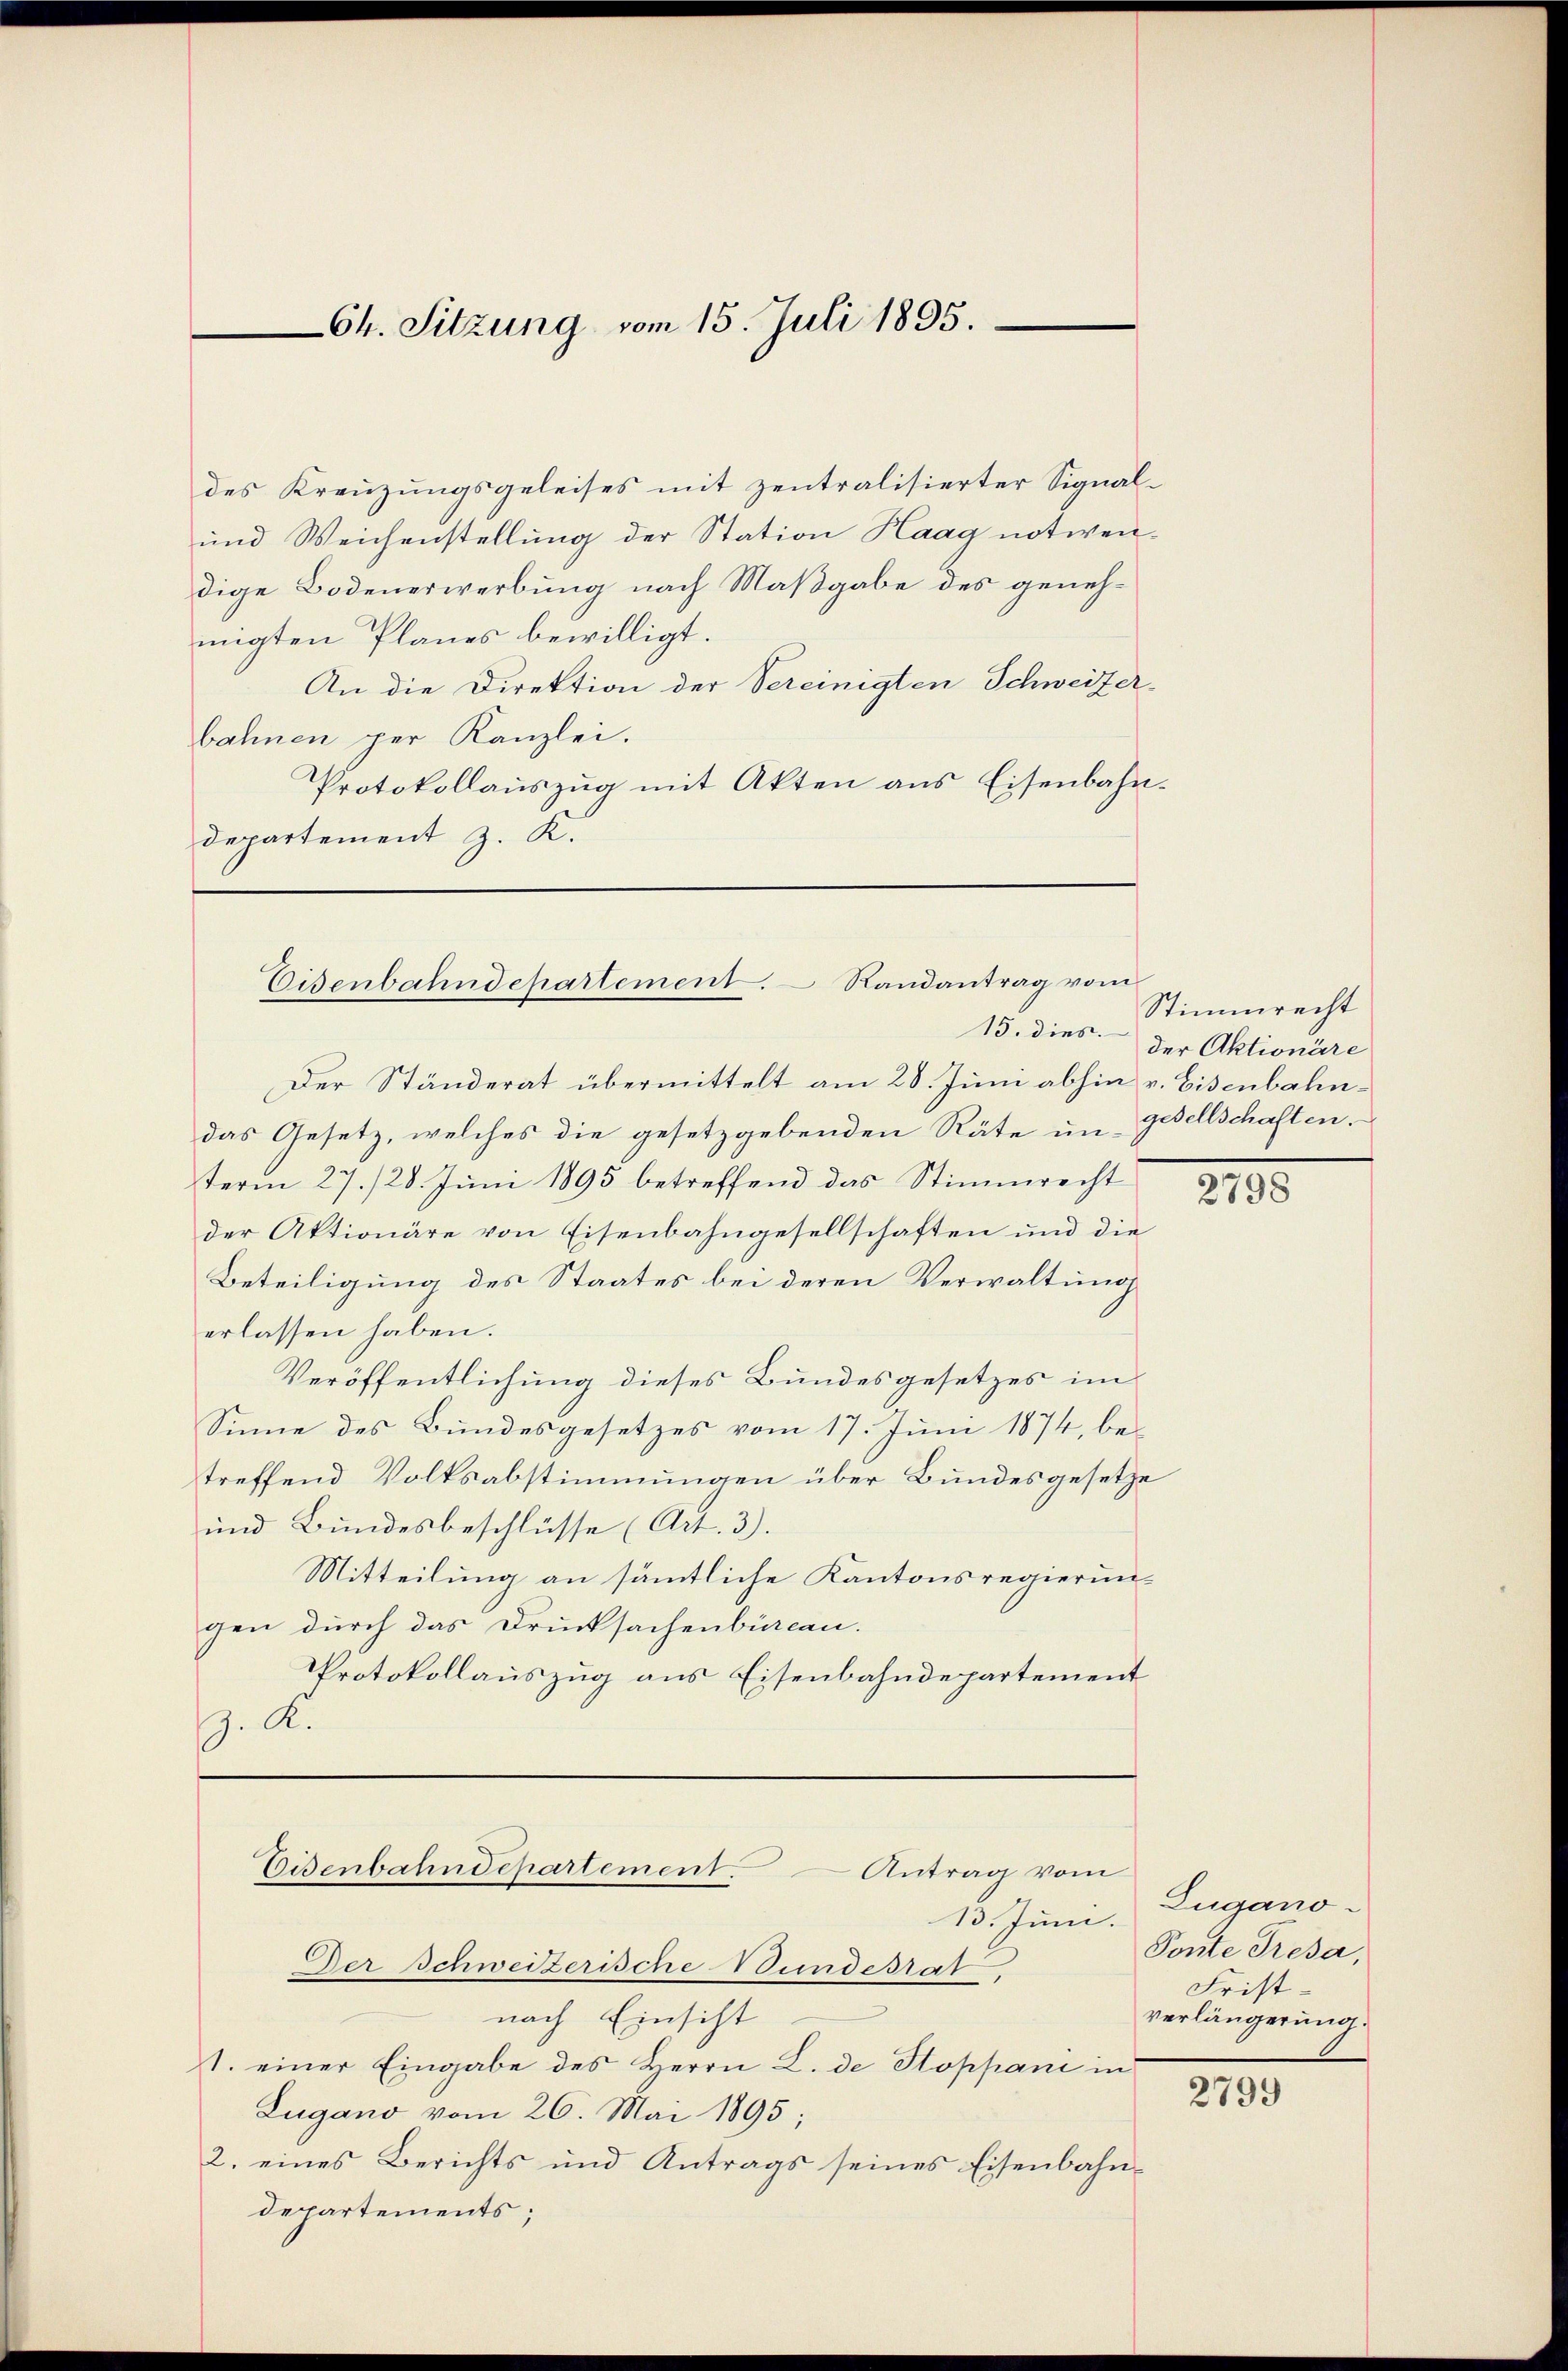
Ch. Sitzung vom 15. Juli 1895.

des Kreuzungsgeleises mit zentralisierter Signal¬
und Weichenstellung der Station Haag notwendige Bodenerwerbung nach Maßgabe des genehmigten Planes bewilligt.
An die Direktion der Vereinigten Schweizerbahnen per Kanzlei.
Protokollauszug mit Akten aus Eisenbahn.
departement z. K.

Eisenbahndepartement. Randantrag vom
15. dies

Der Ständerat übermittelt am 28. Juni abhin v. Eisenbahndas Gesetz, welches die gesetzgebenden Räte um Gesellschaften.
term 27./28. Juni 1895 betreffend das Stimmrecht
der Aktionäre von Eisenbahngesellschaften und die
Beteiligung des Staates bei deren Verwaltung
erlassen haben.
Veröffentlichung dieses Bundesgesetzes im
Sinne des Bundesgesetzes vom 17. Juni 1874, be-
treffend Volksabstimmungen über Bundesgesetze
und Bundesbeschlüsse (Art. 3).
Mitteilung an sämmtliche Kantonsregierungen durch das Drucksachenbüreau.
Protokollauszug aus Eisenbahndepartement
. K.

Eisenbahndepartement. Antrag vom

13. Juni.
Der Schweizerische Stundesrat
nach Einsicht
1. einer Eingabe des Herrn L. de Stoppani in
Lugano vom 26. Mai 1895;
2. eines Berichts und Antrags seines Eisenbahn-
departements;

Stimmrecht
der Aktionäre

2195

Zugano-
Ponte Tresa,
Fristverlängerung.

2799